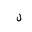
Letter: _lam